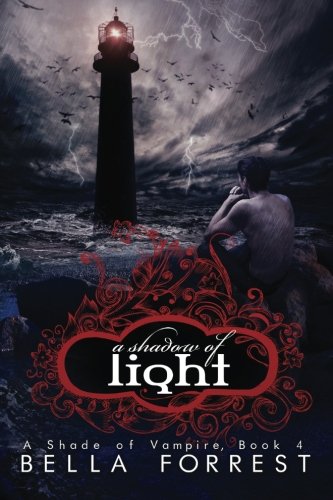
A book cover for A Shade Of Vampire 4: A Shadow Of Light (Volume 4); Bella Forrest; Romance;